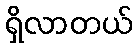
ရှိလာတယ်